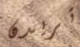
تريدن